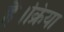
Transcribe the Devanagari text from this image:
है।क्रिया